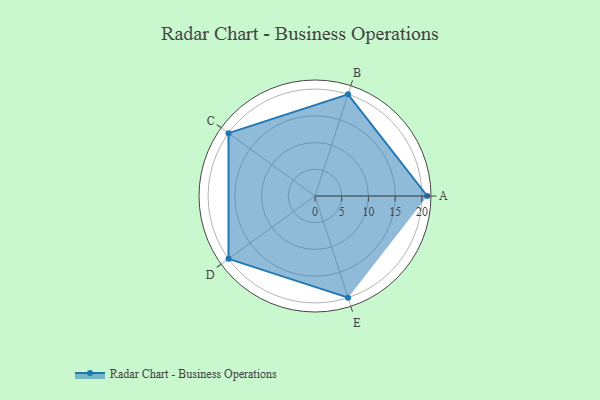
{"axis": {"x": "Skill", "y": "Score"}, "legend": ["Profile"], "data": [{"x": "A", "y": 21.0, "type": "Profile"}, {"x": "B", "y": 20, "type": "Profile"}, {"x": "C", "y": 20, "type": "Profile"}, {"x": "D", "y": 20, "type": "Profile"}, {"x": "E", "y": 20, "type": "Profile"}]}